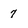
Character: 7